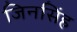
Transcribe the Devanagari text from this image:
जिनसिंह